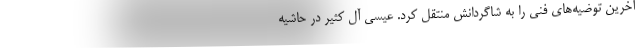
آخرین توضیه‌های فنی را به شاگردانش منتقل کرد. عیسی آل کثیر در حاشیه